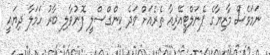
ނަމަވެސް މާޒިޔާގެ ޕެނަލްޓީއޭރިއާ ތެރެއަށް ވަދެ ކިންގްސްލީ ފޮނުވާލި ބާރު ހަމަލާ ދިޔައީ